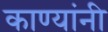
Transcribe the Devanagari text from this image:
काण्यांनी